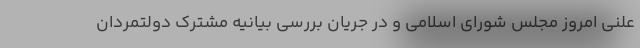
علنی امروز مجلس شورای اسلامی و در جریان بررسی بیانیه مشترک دولتمردان